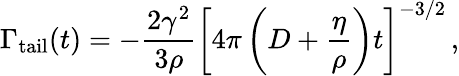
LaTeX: \Gamma_{\mathrm{tail}}(t)=-\frac{2\gamma^{2}}{3\rho}\left[4\pi\left(D+\frac{\eta}{\rho}\right)t\right]^{-3/2}\, ,